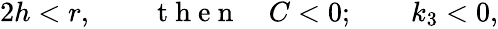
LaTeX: \begin{array}{r}{2h<r,\qquad\mathrm{~t~h~e~n~}\quad C<0;\qquad k_{3}<0,}\end{array}